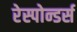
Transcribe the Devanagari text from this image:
रेस्पोन्डर्स